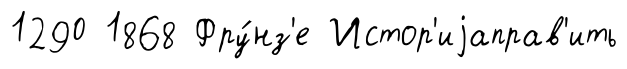
1290 1868 Фру́нз'е Истор'иjаправ'ить